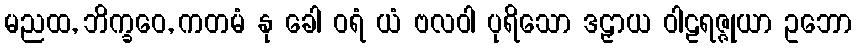
မညထ, ဘိက္ခဝေ, ကတမံ နု ခေါ ဝရံ ယံ ဗလဝါ ပုရိသော ဒဠှာယ ဝါဠရဇ္ဇုယာ ဥဘော